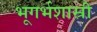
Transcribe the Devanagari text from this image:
भूगर्भशास्री